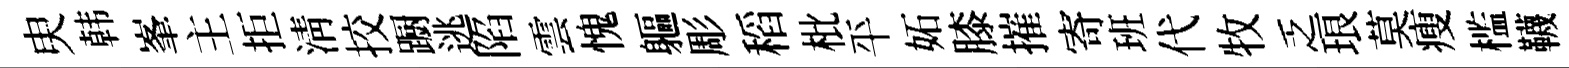
㬰韩峯主拒淸挍蹰逃陷雲愧軀彫稻枇平妬膝摧寄班代牧乏琅莫瘦槛韈